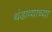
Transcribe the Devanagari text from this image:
थंडाव्याच्या